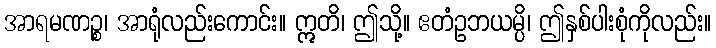
အာရမဏဉ္စ၊ အာရုံလည်းကောင်း။ ဣတိ၊ ဤသို့။ ဧတံဥဘယမ္ပိ၊ ဤနှစ်ပါးစုံကိုလည်း။